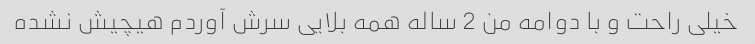
خیلی راحت و با دوامه من 2 ساله همه بلایی سرش آوردم هیچیش نشده